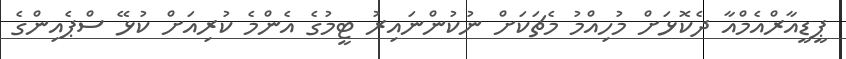
ޕީޑީއާރްއެމްއާ ދެކޮޅަށް މުހިއްމު މެޗަކަށް ނުކުންނައިރު ޓީމުގެ އެންމެ ކުރިއަށް ކުޅޭ ސްޕެއިންގެ